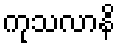
ကုသလာနိ